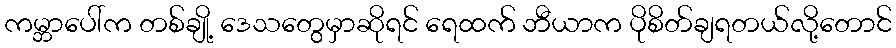
ကမ္ဘာပေါ်က တစ်ချို့ ဒေသတွေမှာဆိုရင် ရေထက် ဘီယာက ပိုစိတ်ချရတယ်လို့တောင်